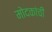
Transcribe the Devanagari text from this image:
मोदकांची